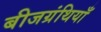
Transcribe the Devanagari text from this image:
बीजग्रंथियाँ